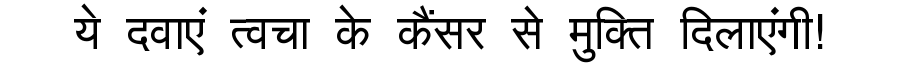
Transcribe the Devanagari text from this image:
ये दवाएं त्वचा के कैंसर से मुक्ति दिलाएंगी!